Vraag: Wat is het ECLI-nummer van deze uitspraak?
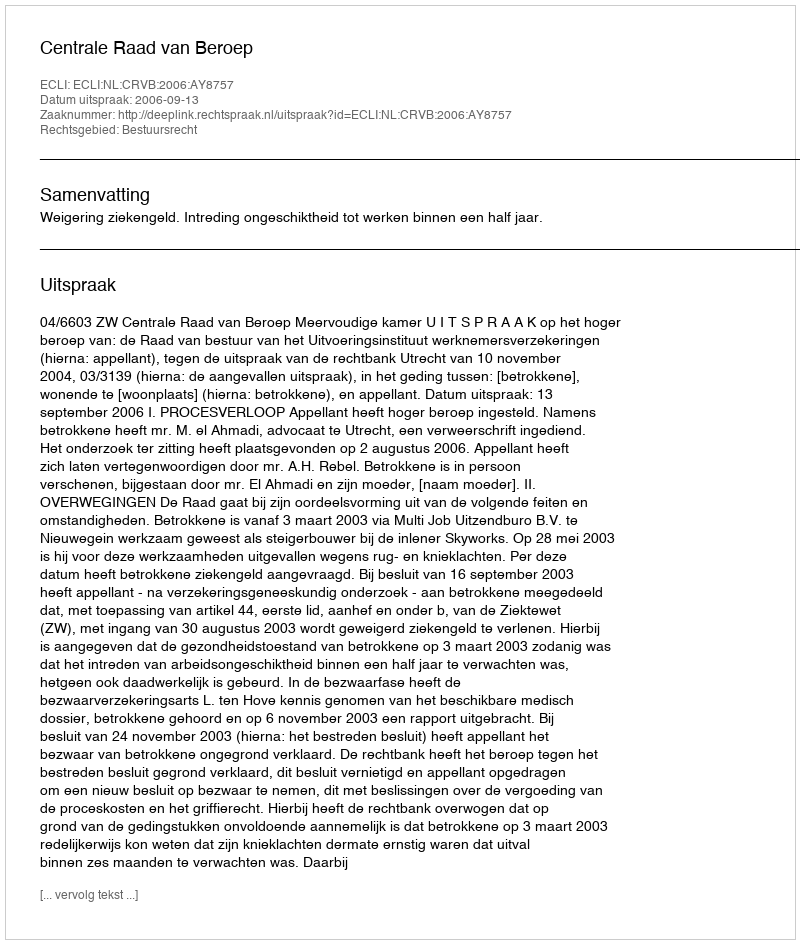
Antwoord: ECLI:NL:CRVB:2006:AY8757